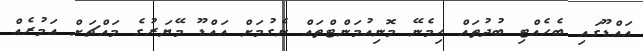
އައްޑޫގައި ބެހެއްޓި ބުދުތައް ހިމެނޭ މޮނިއުމަންޓްތައް ނެގުމަށް އައްޑޫ މޭޔަރުގެ މައްޗަށް އަމުރެއް